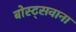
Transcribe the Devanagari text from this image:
बोस्ट्सवाना